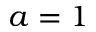
a = 1